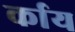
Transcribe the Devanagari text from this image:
र्काय